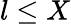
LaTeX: l\leq X